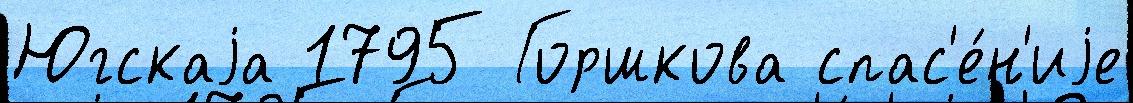
Югскаjа 1795 Горшкова спас'е́н'иjе